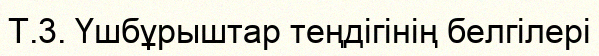
Т.3. Үшбұрыштар теңдігінің белгілері